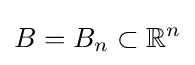
B=B_{n}\subset \mathbb {R} ^{n}